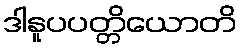
ဒါနူပပတ္တိယောတိ